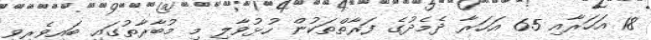
18 އަހަރާއި 65 އަހަރާ ދެމެދުގެ ފަރާތްތަކުން ހުޅުވާލި މި މުބާރާތުގައި ބައިވެރިވީ